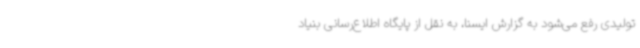
تولیدی رفع می‌شود به گزارش ایسنا، به نقل از پایگاه اطلاع‌رسانی بنیاد